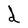
Character: d